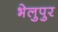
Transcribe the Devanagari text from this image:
भेलुपुर